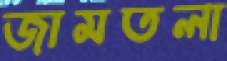
জামতলা